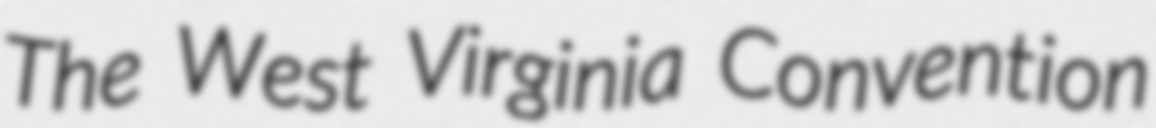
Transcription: The West Virginia Convention